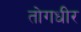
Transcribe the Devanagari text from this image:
तोगधीर